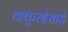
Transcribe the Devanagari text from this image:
ठाकुरदेसाई